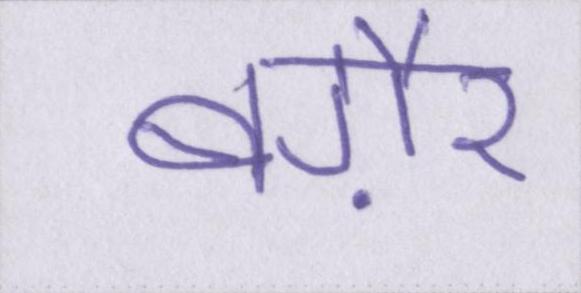
बग़ैर